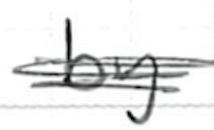
Text: by
Cross-out: scratch
Writing tool: ballpoint